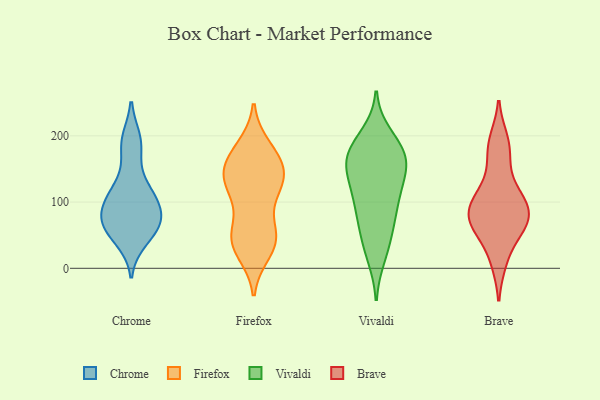
{"axis": {"x": "Conversion Rate (%)", "y": "Value"}, "legend": ["Brave", "Chrome", "Firefox", "Vivaldi"], "data": [{"x": "", "y": 194, "type": "Chrome"}, {"x": "", "y": 98, "type": "Chrome"}, {"x": "", "y": 184, "type": "Chrome"}, {"x": "", "y": 43, "type": "Chrome"}, {"x": "", "y": 73, "type": "Chrome"}, {"x": "", "y": 67, "type": "Chrome"}, {"x": "", "y": 106, "type": "Chrome"}, {"x": "", "y": 104, "type": "Chrome"}, {"x": "", "y": 64, "type": "Chrome"}, {"x": "", "y": 65, "type": "Chrome"}, {"x": "", "y": 130, "type": "Chrome"}, {"x": "", "y": 143, "type": "Firefox"}, {"x": "", "y": 50, "type": "Firefox"}, {"x": "", "y": 43, "type": "Firefox"}, {"x": "", "y": 155, "type": "Firefox"}, {"x": "", "y": 169, "type": "Firefox"}, {"x": "", "y": 127, "type": "Firefox"}, {"x": "", "y": 40, "type": "Firefox"}, {"x": "", "y": 181, "type": "Firefox"}, {"x": "", "y": 118, "type": "Firefox"}, {"x": "", "y": 171, "type": "Firefox"}, {"x": "", "y": 128, "type": "Firefox"}, {"x": "", "y": 55, "type": "Firefox"}, {"x": "", "y": 42, "type": "Firefox"}, {"x": "", "y": 115, "type": "Firefox"}, {"x": "", "y": 145, "type": "Firefox"}, {"x": "", "y": 26, "type": "Firefox"}, {"x": "", "y": 104, "type": "Vivaldi"}, {"x": "", "y": 155, "type": "Vivaldi"}, {"x": "", "y": 31, "type": "Vivaldi"}, {"x": "", "y": 58, "type": "Vivaldi"}, {"x": "", "y": 171, "type": "Vivaldi"}, {"x": "", "y": 200, "type": "Vivaldi"}, {"x": "", "y": 67, "type": "Vivaldi"}, {"x": "", "y": 89, "type": "Vivaldi"}, {"x": "", "y": 173, "type": "Vivaldi"}, {"x": "", "y": 98, "type": "Vivaldi"}, {"x": "", "y": 19, "type": "Vivaldi"}, {"x": "", "y": 142, "type": "Vivaldi"}, {"x": "", "y": 174, "type": "Vivaldi"}, {"x": "", "y": 166, "type": "Vivaldi"}, {"x": "", "y": 130, "type": "Vivaldi"}, {"x": "", "y": 134, "type": "Vivaldi"}, {"x": "", "y": 185, "type": "Vivaldi"}, {"x": "", "y": 99, "type": "Brave"}, {"x": "", "y": 123, "type": "Brave"}, {"x": "", "y": 11, "type": "Brave"}, {"x": "", "y": 193, "type": "Brave"}, {"x": "", "y": 65, "type": "Brave"}, {"x": "", "y": 63, "type": "Brave"}, {"x": "", "y": 62, "type": "Brave"}, {"x": "", "y": 91, "type": "Brave"}, {"x": "", "y": 92, "type": "Brave"}, {"x": "", "y": 171, "type": "Brave"}]}